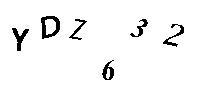
YDZ632